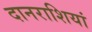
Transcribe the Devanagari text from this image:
दानराशियां